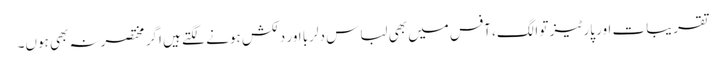
تقریبات اور پارٹیز تو الگ، آفس میں بھی لباس دلربا اور دلکش ہونے لگتے ہیں اگر مختصرنہ بھی ہوں۔